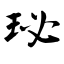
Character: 珌